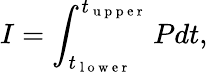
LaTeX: I=\int_{t_{\mathrm{~l~o~w~e~r~}}}^{t_{\mathrm{~u~p~p~e~r~}}}Pdt,